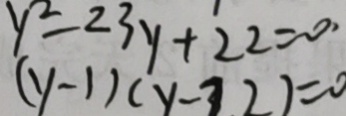
y ^ { 2 } - 2 3 y + 2 2 = 0 ,